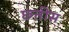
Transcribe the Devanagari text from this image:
छ्त्तीस